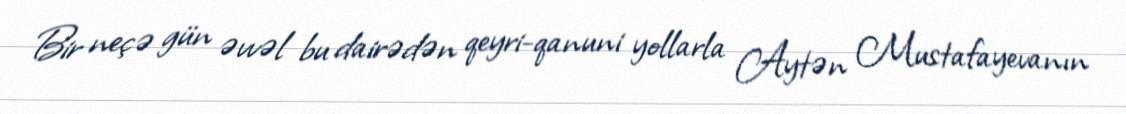
Bir neçə gün əvvəl bu dairədən qeyri-qanuni yollarla Aytən Mustafayevanın